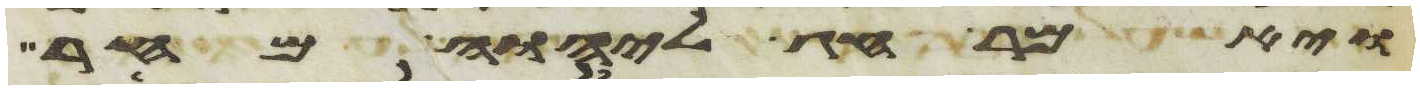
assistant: ויאמר חג ליהוה מחר